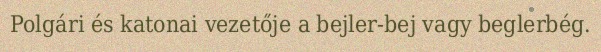
Polgári és katonai vezetője a bejler-bej vagy beglerbég.